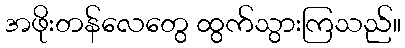
အဖိုးတန်လေတွေ ထွက်သွားကြသည်။